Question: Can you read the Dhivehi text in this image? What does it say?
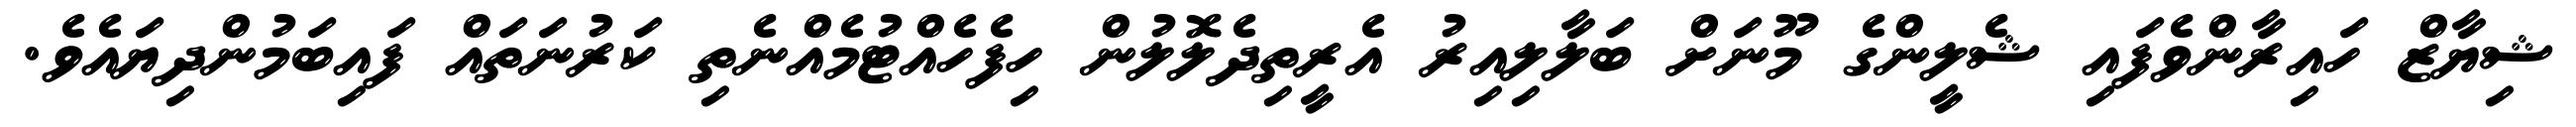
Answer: ޝިޔާޒް ހައިރާންވެފައި ޝެލީންގެ މޫނަށް ބަލާލިއިރު އެރީތިދެލޮލުން ހިފެހެއްޓުމެއްނެތި ކަރުނަތައް ފައިބަމުންދިޔައެވެ.